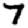
Digit: 7